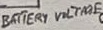
Text: BATTERY VOLTAGE